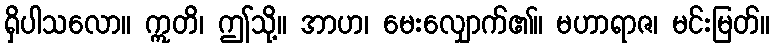
ရှိပါသလော။ ဣတိ၊ ဤသို့။ အာဟ၊ မေးလျှောက်၏။ မဟာရာဇ၊ မင်းမြတ်။